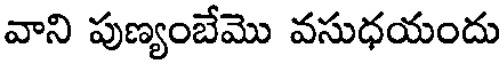
వాని పుణ్యంబేమొ వసుధయందు